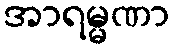
အာရမ္မဏာ